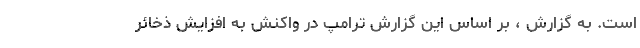
است. به گزارش ، بر اساس این گزارش ترامپ در واکنش به افزایش ذخائر